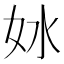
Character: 𫰖